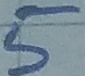
Text: 5